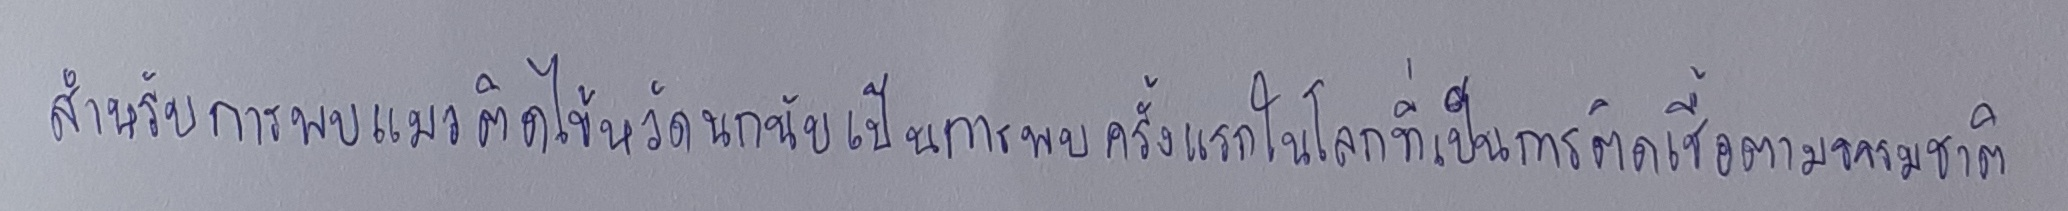
สำหรับการพบแมวติดเชื้อไข้หวัดนกนับเป็นการพบครั้งแรกในโลกที่เป็นการติดเชื้อตามธรรมชาติ